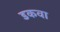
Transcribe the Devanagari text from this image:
डकवा